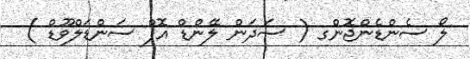
ލޯ ސެންޑެންޖޮންގ ( ސަދަން ލޭންޑް އޮފް ސަންޑަލްވޫޑް )